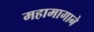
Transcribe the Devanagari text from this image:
महामागाने